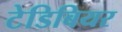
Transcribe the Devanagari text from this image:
टेडिबियर